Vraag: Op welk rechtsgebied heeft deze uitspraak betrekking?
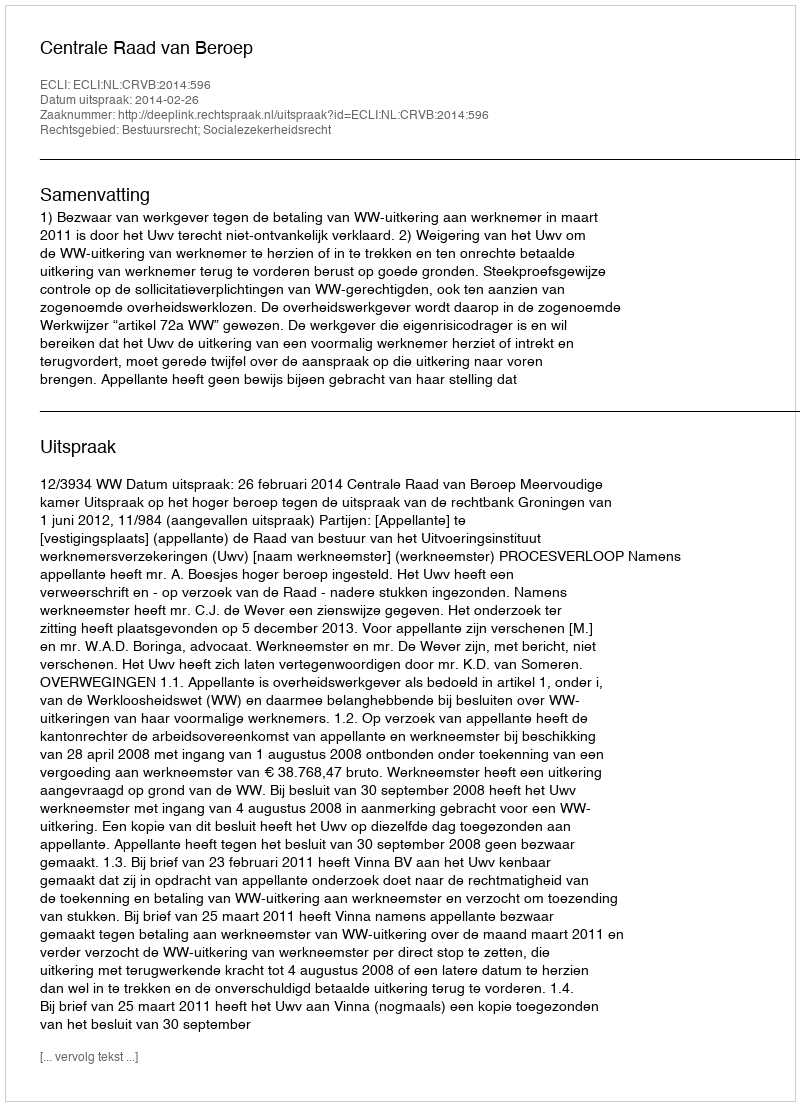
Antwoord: Bestuursrecht; Socialezekerheidsrecht